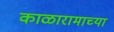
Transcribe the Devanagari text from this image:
काळारामाच्या